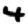
Digit: 4